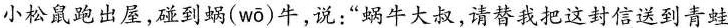
小松鼠跑出屋，碰到蜗(w\bar{o} )牛，说：“蜗牛大叔，请替我把这封信送到青蛙